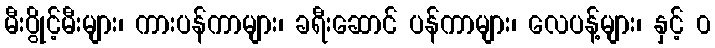
မီးပွိုင့်မီးများ၊ ကားပန်ကာများ၊ ခရီးဆောင် ပန်ကာများ၊ လေပန့်များ၊ နှင့် ၀